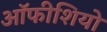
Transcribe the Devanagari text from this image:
ऑफीशियो